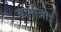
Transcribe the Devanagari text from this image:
बामीज़ाई